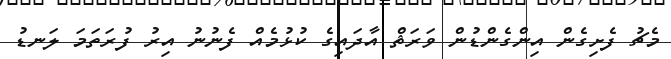
މެޗު ފެށިގެން އިންގެންޑުން ވަރަޡް އާދައިގެ ކުޅުމެއް ފެނުނު އިރު ފުރަތަމަ ލަނޑު